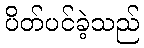
ပိတ်ပင်ခဲ့သည်